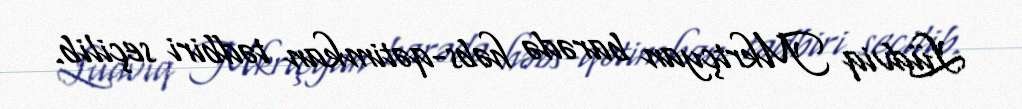
Lüdviq Mkrtçyan barədə həbs-qətimkan tədbiri seçilib.